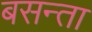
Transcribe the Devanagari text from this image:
बसन्ता